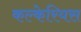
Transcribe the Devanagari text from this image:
कल्केरियस